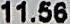
11.56